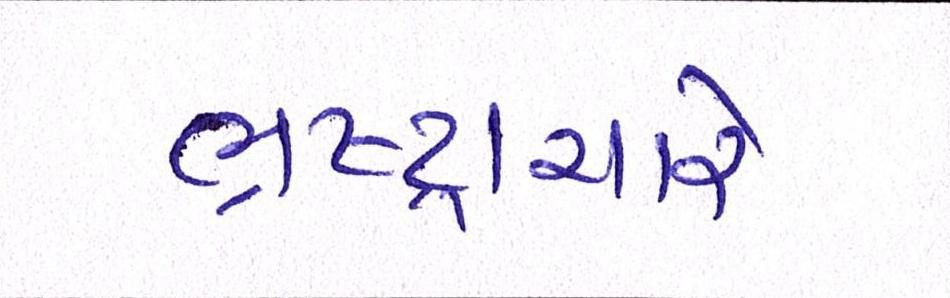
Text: ભ્રષ્ટ્રાચારે